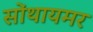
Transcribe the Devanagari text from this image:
सोंथायमर